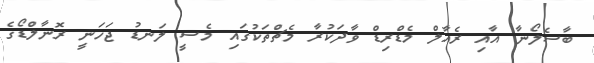
ބާސެލޯނާ އާއި ރެއާލް މެޑްރިޑް ވާދަކުރާ މެޗްތަކުގައި މެސީ ލަނޑު ޖަހަނީ ރޮނާލްޑޯގެ